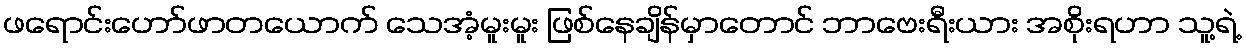
ဖရောင်းဟော်ဖာတယောက် သေအံ့မူးမူး ဖြစ်နေချိန်မှာတောင် ဘာဗေးရီးယား အစိုးရဟာ သူ့ရဲ့